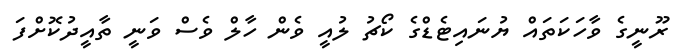
ރޫނީގެ ވާހަކަތައް ޔުނައިޓެޑްގެ ކޯޗު ލުއީ ވެން ހާލް ވެސް ވަނީ ތާއީދުކޮށްފަ